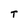
Character: t